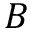
B